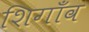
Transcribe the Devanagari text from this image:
शिगाँव